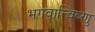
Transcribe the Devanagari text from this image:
भगवान्विष्णु